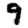
Digit: 9